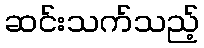
ဆင်းသက်သည့်